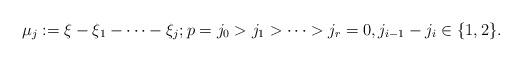
LaTeX: \begin{align*}\mu_{j}:=\xi-\xi_1-\cdots -\xi_j;p=j_0>j_1>\cdots >j_r=0,j_{i-1}-j_i\in\{1,2\}.\end{align*}